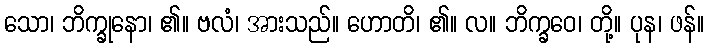
သော၊ ဘိက္ခုနော၊ ၏။ ဗလံ၊ အားသည်။ ဟောတိ၊ ၏။ လ။ ဘိက္ခဝေ၊ တို့။ ပုန၊ ဖန်။